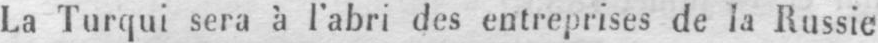
La Turqui sera à l’abri des entreprises de la Russie